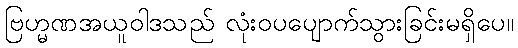
ဗြဟ္မဏအယူဝါဒသည် လုံးဝပပျောက်သွားခြင်းမရှိပေ။